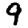
Digit: 9